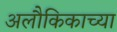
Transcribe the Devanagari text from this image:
अलौकिकाच्या